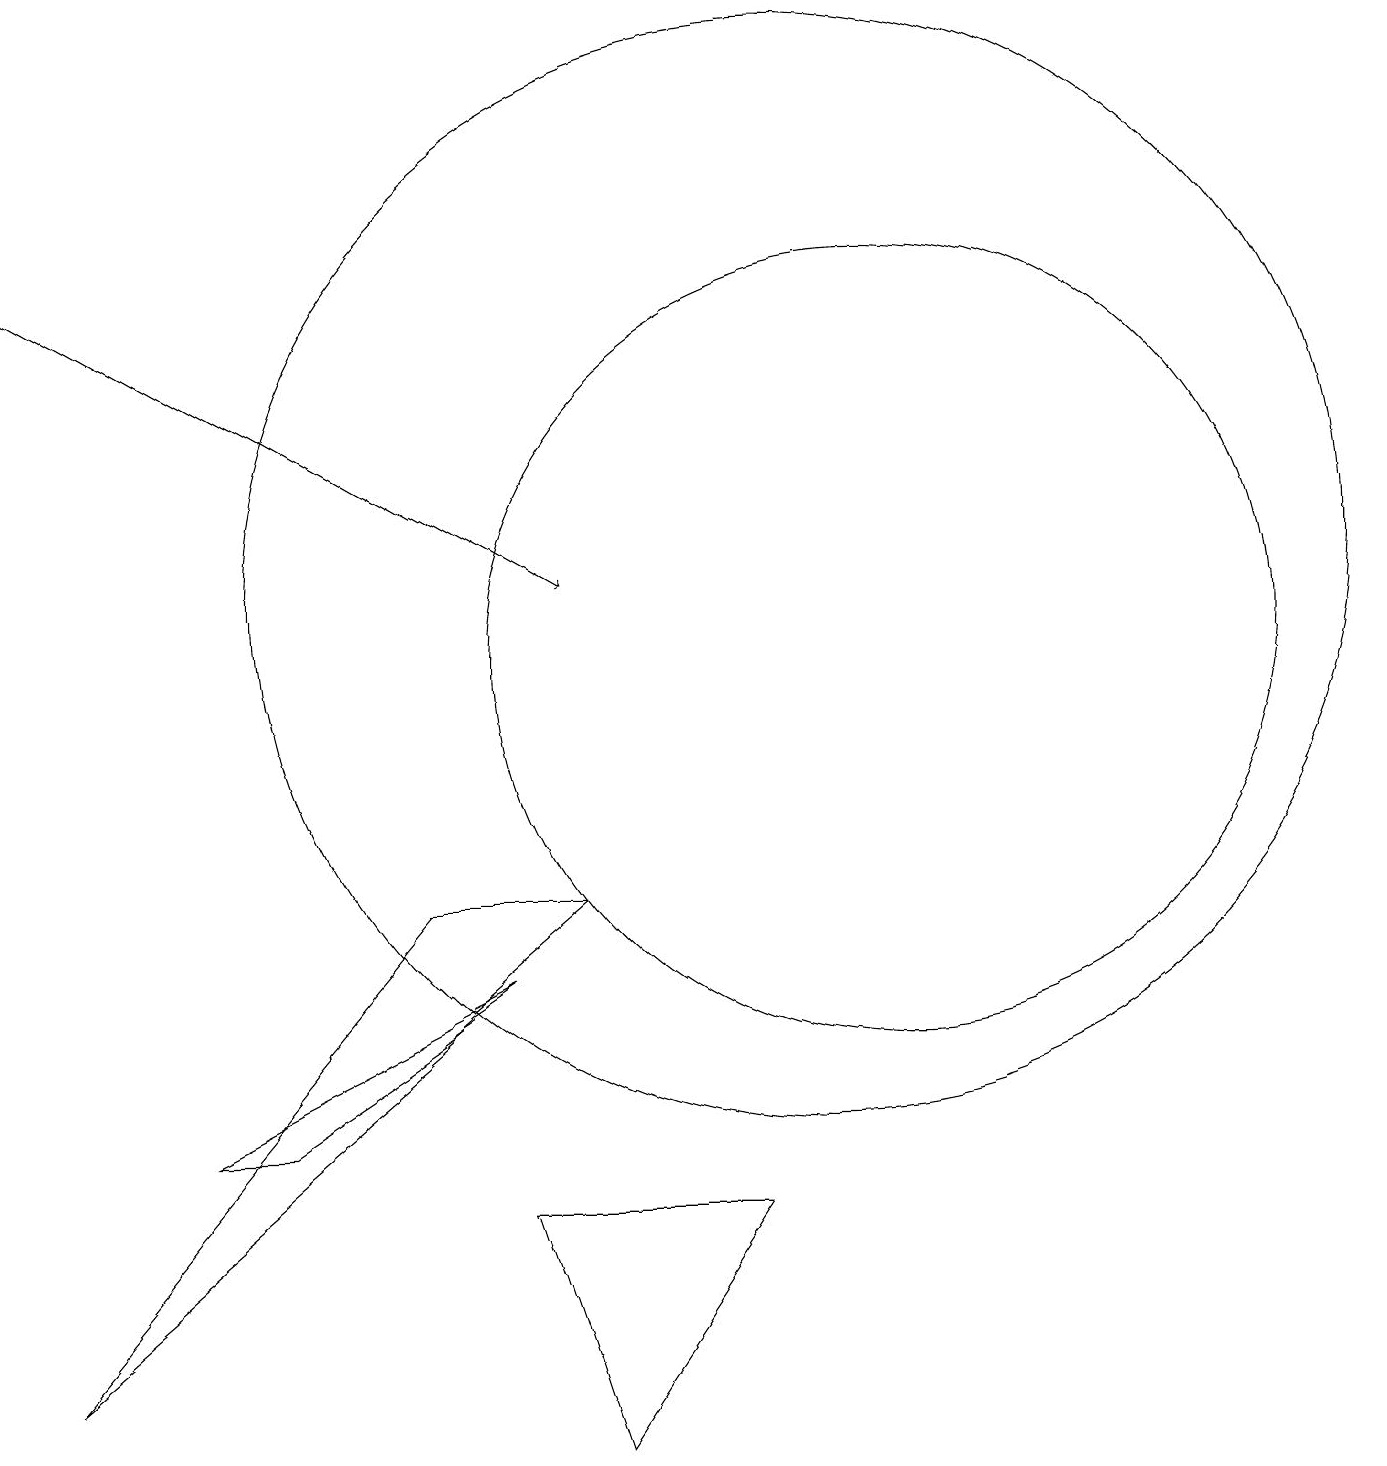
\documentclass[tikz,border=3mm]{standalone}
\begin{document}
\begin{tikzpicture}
\draw (10,11) circle (7);
\draw (7,7) -- (5,7) -- (0,1) -- cycle;
\draw (6,6) -- (2,4) -- (3,4) -- cycle;
\draw (6,3) -- (7,0) -- (9,3) -- cycle;
\draw (11,10) circle (5);
\draw[->] (0,15) -- (7,11);
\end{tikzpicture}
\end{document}